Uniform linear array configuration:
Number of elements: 24
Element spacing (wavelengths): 1
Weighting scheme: hamming
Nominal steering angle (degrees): -15
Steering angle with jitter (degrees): -16.714
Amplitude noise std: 0.05
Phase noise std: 0.05

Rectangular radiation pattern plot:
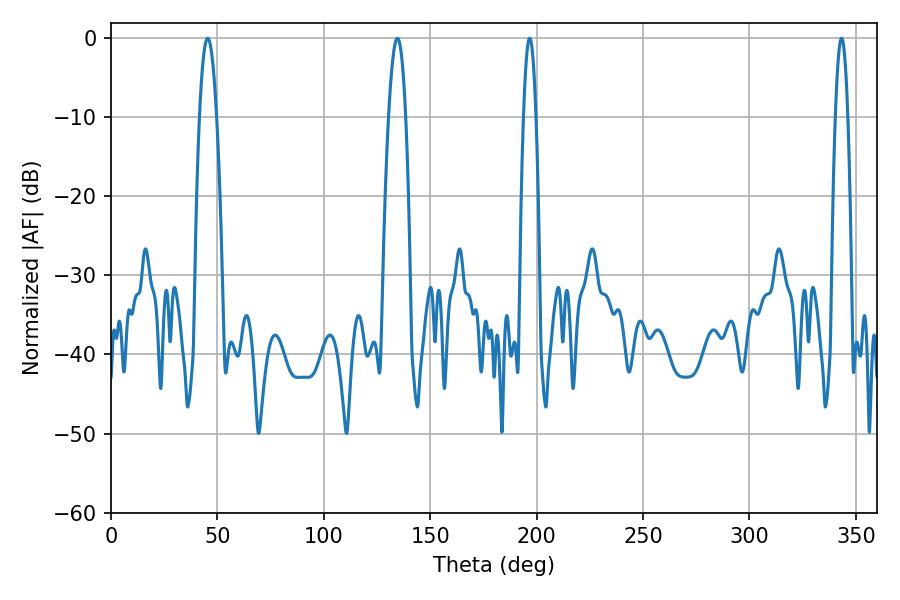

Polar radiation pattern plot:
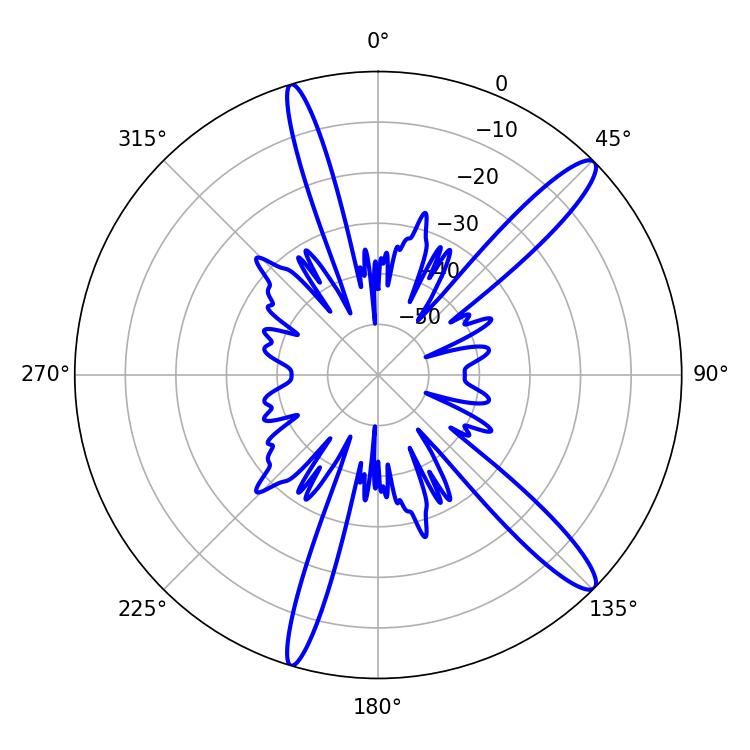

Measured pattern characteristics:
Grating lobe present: TRUE
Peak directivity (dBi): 13.777
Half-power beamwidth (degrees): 3.24
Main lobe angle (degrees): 196.74